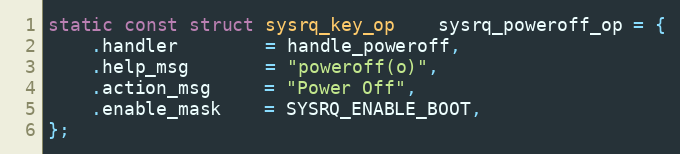
Language: C
static const struct sysrq_key_op	sysrq_poweroff_op = {
	.handler        = handle_poweroff,
	.help_msg       = "poweroff(o)",
	.action_msg     = "Power Off",
	.enable_mask	= SYSRQ_ENABLE_BOOT,
};